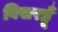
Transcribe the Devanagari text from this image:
बिसरहूँ